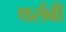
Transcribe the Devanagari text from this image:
थर्सबी